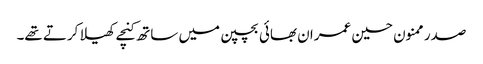
صدر ممنون حسین عمران بھائی بچپن میں ساتھ کنچے کھیلا کرتے تھے۔